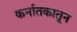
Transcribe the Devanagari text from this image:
कर्नातकातून